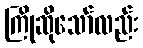
ကြိုဆိုသော်လည်း